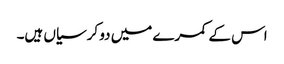
اس کے کمرے میں دو کرسیاں ہیں۔